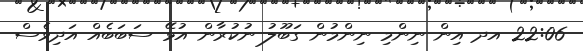
22:06 އދ އިން ނިންމި ނިންމުން ގަބޫލު ނުކުރާން އުޅޭ ސަބަބެއް އަދިވެސް